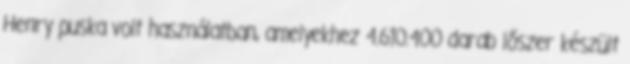
Henry puska volt használatban, amelyekhez 4.610.400 darab lőszer készült